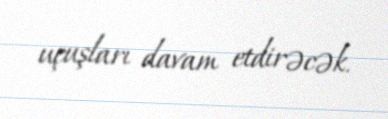
uçuşları davam etdirəcək.